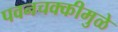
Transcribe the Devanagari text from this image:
पवनचक्कीमुळे